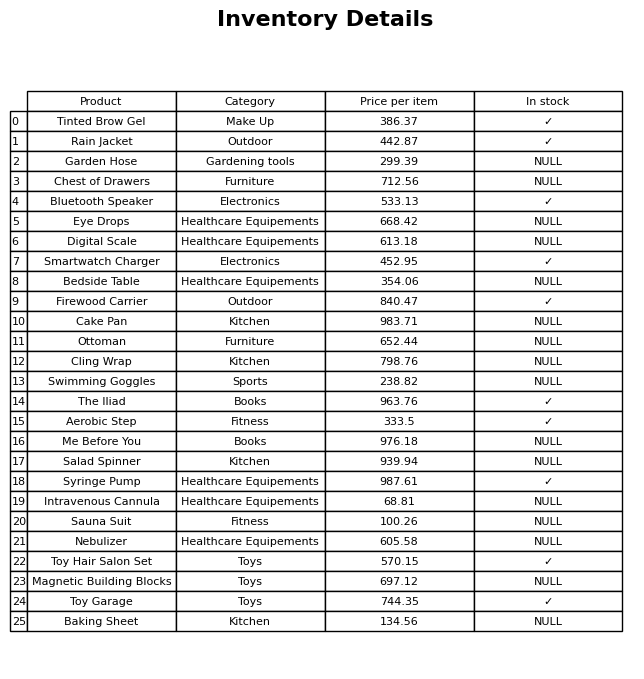
question: Which products are available in stock?
answer: Tinted Brow Gel, Rain Jacket, Bluetooth Speaker, Smartwatch Charger, Firewood Carrier, The Iliad, Aerobic Step, Syringe Pump, Toy Hair Salon Set, Toy Garage